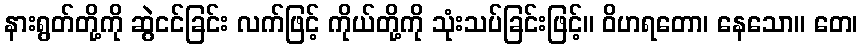
နားရွတ်တို့ကို ဆွဲငင်ခြင်း လက်ဖြင့် ကိုယ်တို့ကို သုံးသပ်ခြင်းဖြင့်။ ဝိဟရတော၊ နေသော။ တေ၊